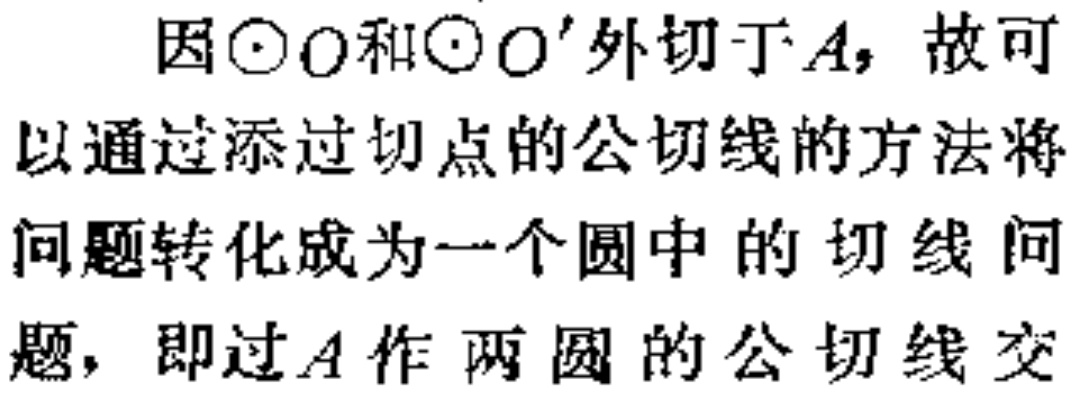
因\(\odot O\)和\(\odot O'\)外切于\(A\)，故可以通过添过切点的公切线的方法将问题转化成为一个圆中的切线问题，即过\(A\)作两圆的公切线交